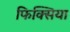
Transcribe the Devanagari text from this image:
फिक्सिया